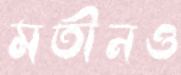
মতীনও